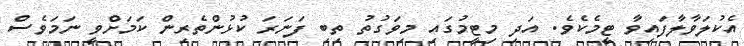
އެކުލަވާލާފައިވާ ޓީމެކެވެ. އަދި މިޓީމުގައި މިވަގުތު ތިބި ފަނަރަ ކުޅުންތެރިން ކަމަށްވީ ނަމަވެސް